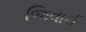
જિવાઈ